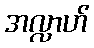
အလ္လာဟ်